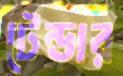
টেন্ডার